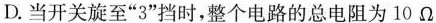
D.当开关旋至”3”挡时，整个电路的总电阻为10Ω